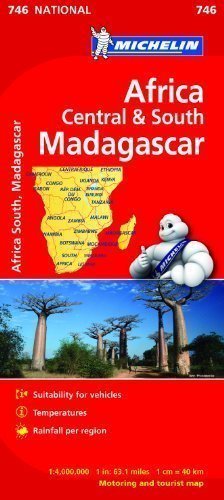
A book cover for Africa Cental & South, Madagascar NATIONAL Map (Michelin National Maps) by Michelin published by Michelin (2012); Travel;